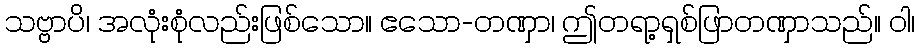
သဗ္ဗာပိ၊ အလုံးစုံလည်းဖြစ်သော။ ဧသော-တဏှာ၊ ဤတရာ့ရှစ်ဖြာတဏှာသည်။ ဝါ၊